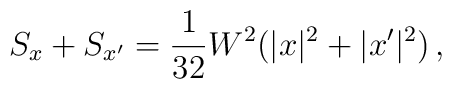
S_x + S_{x'} = \frac{1}{32} W^2 (|x|^2 + |x'|^2) \, ,